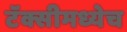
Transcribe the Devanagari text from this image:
टॅक्सीमध्येच